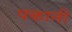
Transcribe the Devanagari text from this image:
पकानी